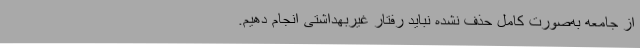
از جامعه به‌صورت کامل حذف نشده نباید رفتار غیربهداشتی انجام دهیم.